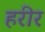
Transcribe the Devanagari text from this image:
हरीर